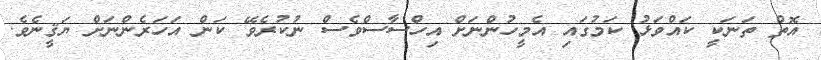
އޮތް ތަނަކީ ކައްވަޅު ކަމުގައި އެމީހުންނަށް އިހްސާސްވެސް ނުކުރެވޭ ކަން އަހަރެންނަށް ޔަޤީނެވެ.